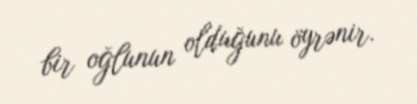
bir oğlunun olduğunu öyrənir.